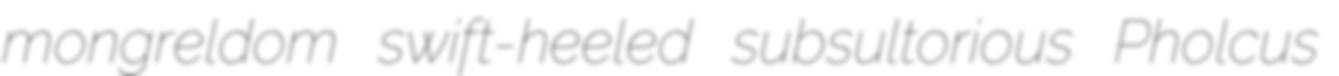
mongreldom swift-heeled subsultorious Pholcus